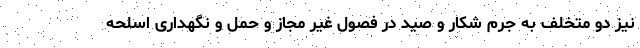
نیز دو متخلف به جرم شکار و صید در فصول غیر مجاز و حمل و نگهداری اسلحه